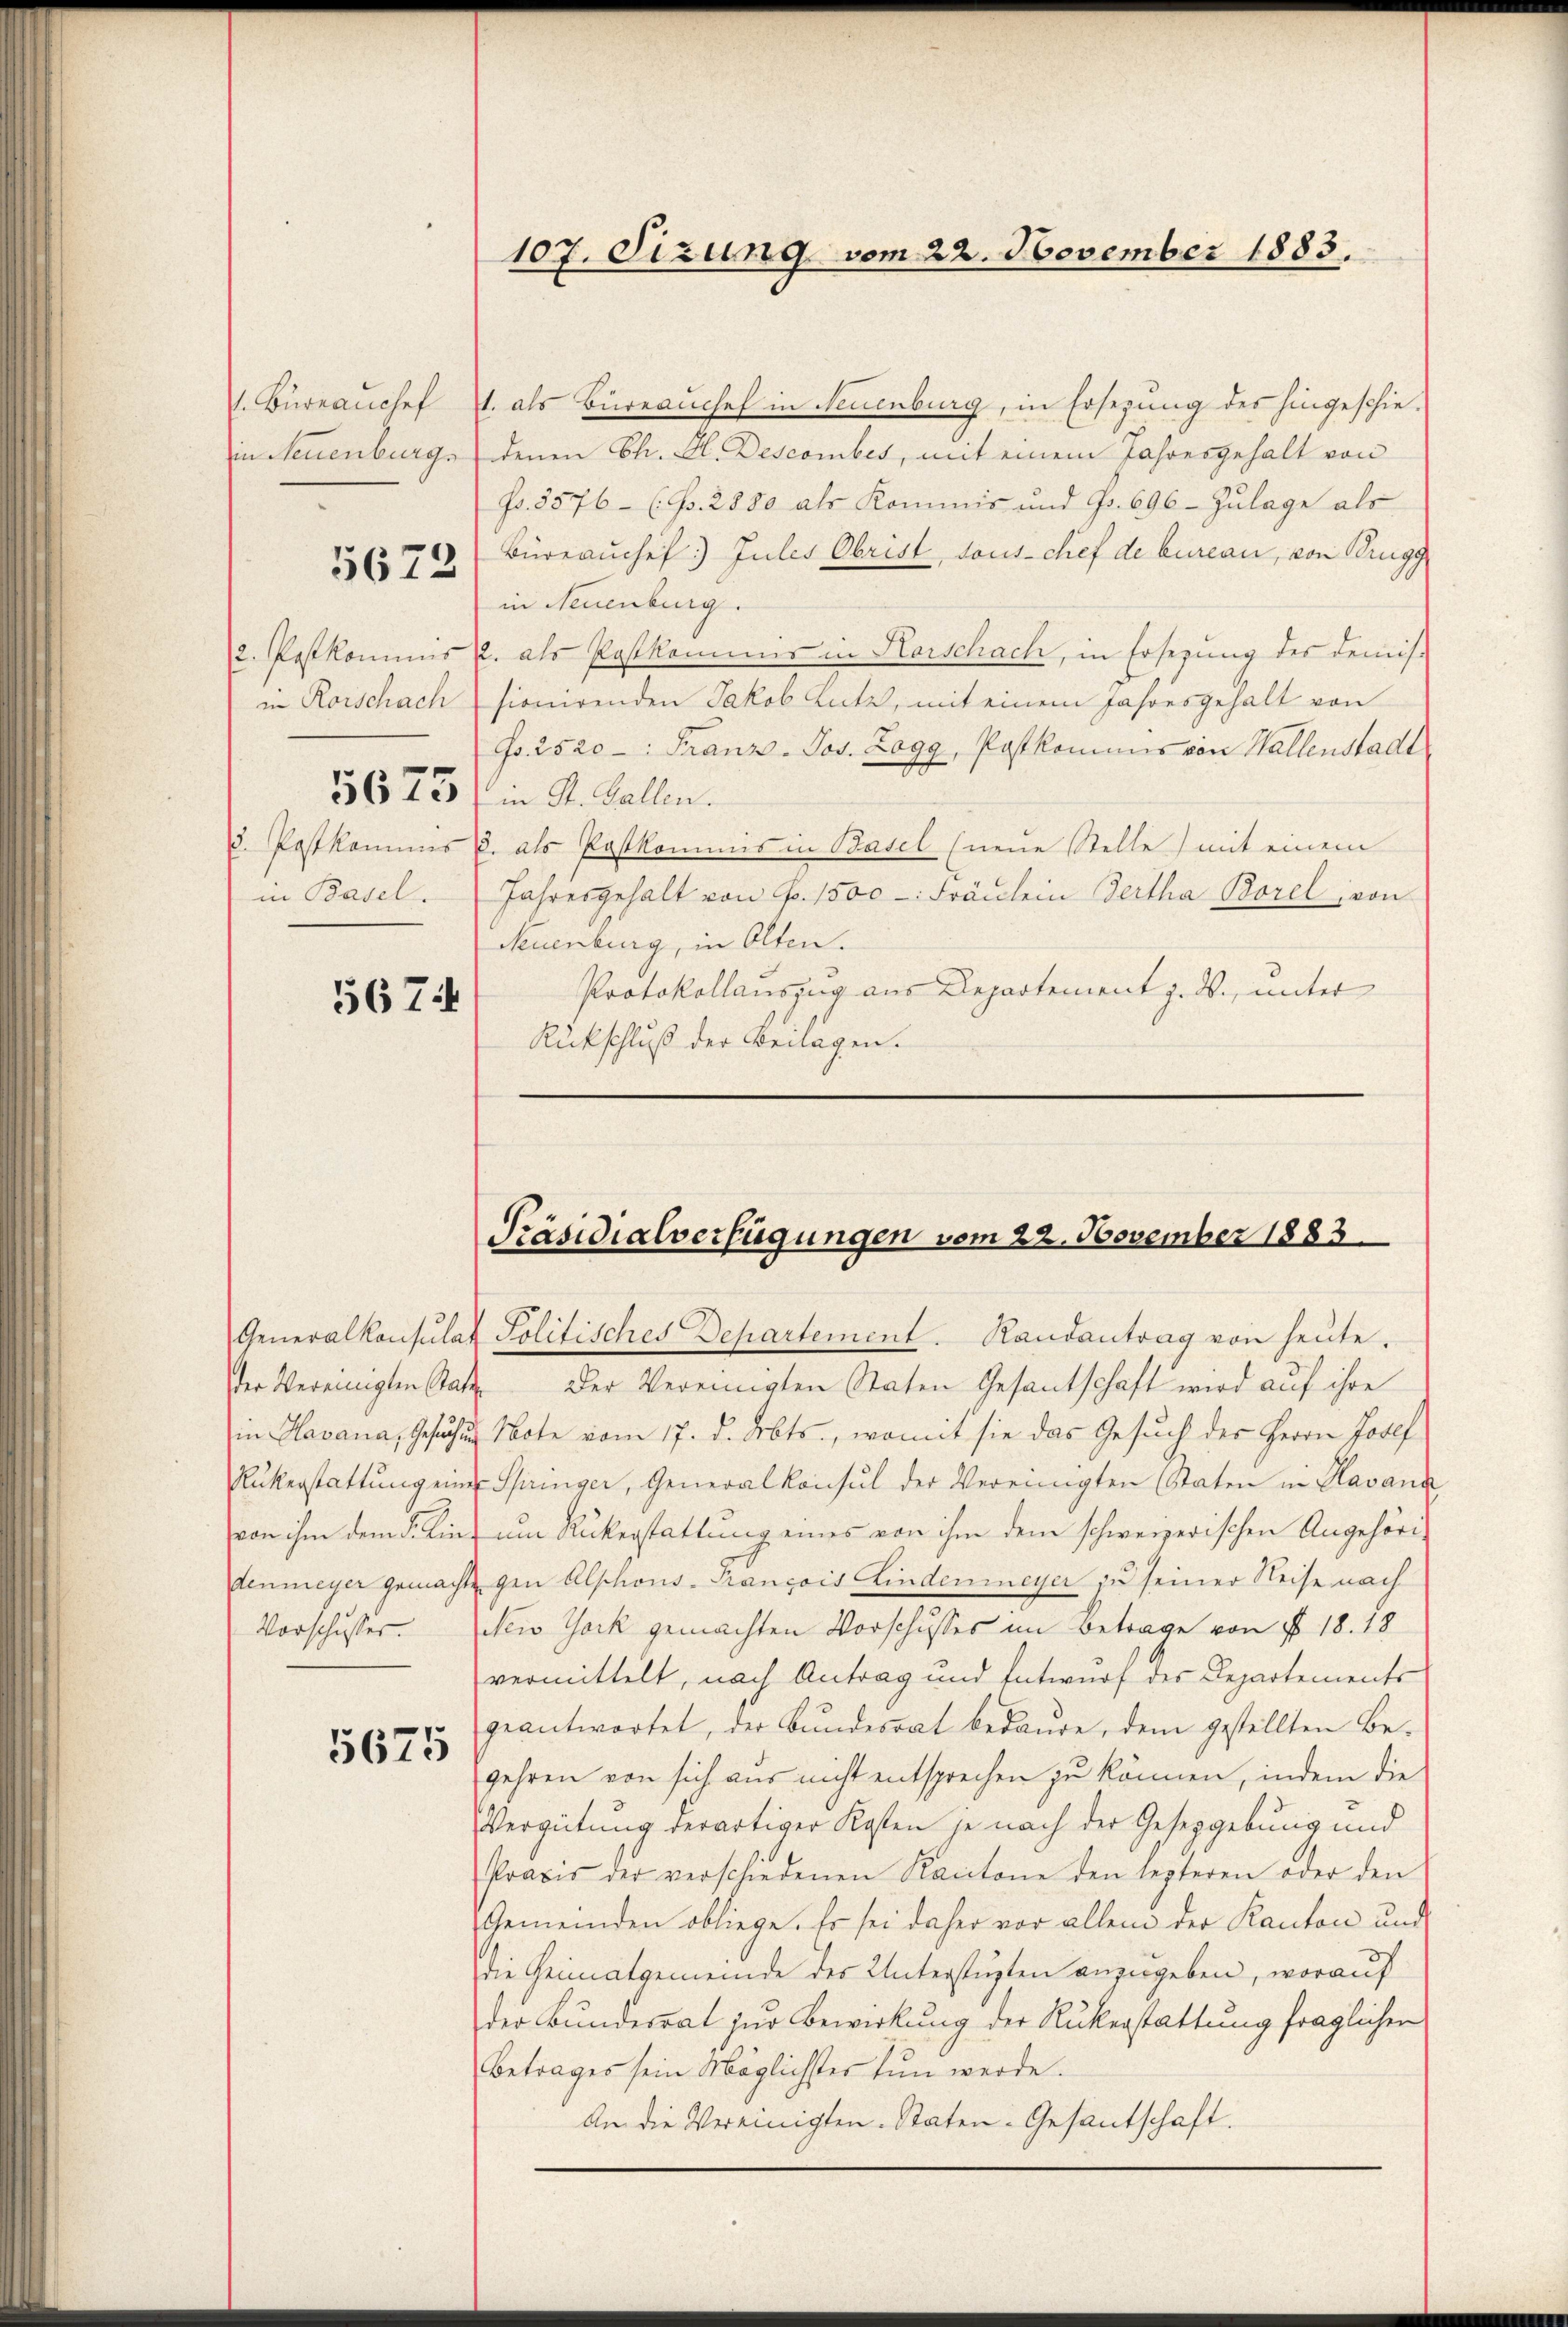
. Bureauchef
in Neuenburgs

5672

2. Pastkommnis
in Rorschach
5675
. Pastkommis
in Basel.

5674

der Vereinigten Rat
Vorschusser.

5675

107. Sizung vom 22. November 1883.

1. als Büreaŭchef in Neuenburg, in Ersezung des hingeschie-
denen Ch. H. Descomber, mit einem Jahresgehalt von
Fr. 3576 (Bs. 2880 als Kommis und Fr. 696 - Zulage als
Büreauchef) Jules Obrist, sous chef de bureau, von Brugg
in Neuenburg.
R. als Postkommis in Horschach, in Ersezung des Demis-
sionirenden Jakob Lutz, mit einem Jahresgehalt von
Fr. 2520-: Franz-Jos. Zagg, Postkommnis von Hallenstadt
in St. Gallen.
u. als Postkommis in Basel (neue Stelle) mit einem
Jahresgehalt von Fr. 1500. Fräŭlein Bertha Borel, von
Neuenburg, in Olten.
Protokollauszug aus Departement z. B., unter
Rückschluß der Beilagen.

Präsidialverfügungen vom 22. November 1883.

Generalkonsulat Politisches Departement. Randantrag von heute.
Der Vereinigten Staten Gesantschaft wird auf ihre
in Havana, Gesuchung Note vom 17. d. Mts., womit sie das Gesuch des Herrn Josef
Rükerstattŭng einer Springer, Generalkonsul der Vereinigten (Staten in Havana
von ihm dem §. Kin- um Rükerstattung eines von ihm dem schweizerischen Angehöri-
denmeyer gemacht gen Abschons-Trançois Lindemeyer zu seiner Reise nach
New York gemachten Vorschusses im Betrage von § 18. 18
vermittelt, nach Antrag und Entwurf des Departements
geantwortet, der Bundesrat bedaure, dem gestellten Be-
gehren von sich aus nicht entsprechen zu können, indem die
Vergütung derartiger Kosten je nach der Gesepgebung und
Praxis der verschiedenen Kantone den lezteren oder den
Gemeinden obliege. Er sei daher vor allem der Kanton und
die Heimatgemeinde des Unterstüzten anzugeben, worauf
der Bundesrat zur Bewirkung der Rükerstattung fraglichen
Betrages sein Möglichster tun werde.
An die Vereinigten. Staten-Gesantschaft.